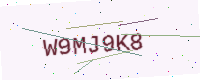
Text: W9MJ9K8